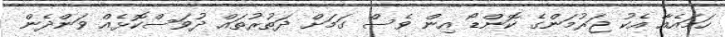
ހަމައެއާ އެކު ޖަރުމަންގެ ކޮންޑޯ އިން ވެސް ގަމަށް ދަތުރުތައް ދުވަސްކޮޅެއް ވަންދެން